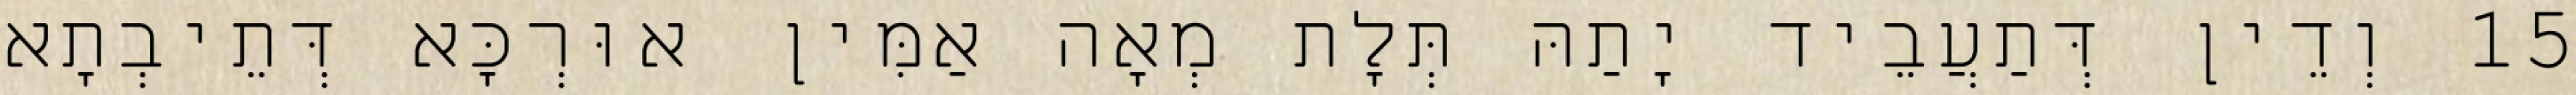
15 וְדֵין דְּתַעֲבֵיד יָתַהּ תְּלָת מְאָה אַמִּין אוּרְכָּא דְּתֵיבְתָא